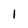
Character: 1